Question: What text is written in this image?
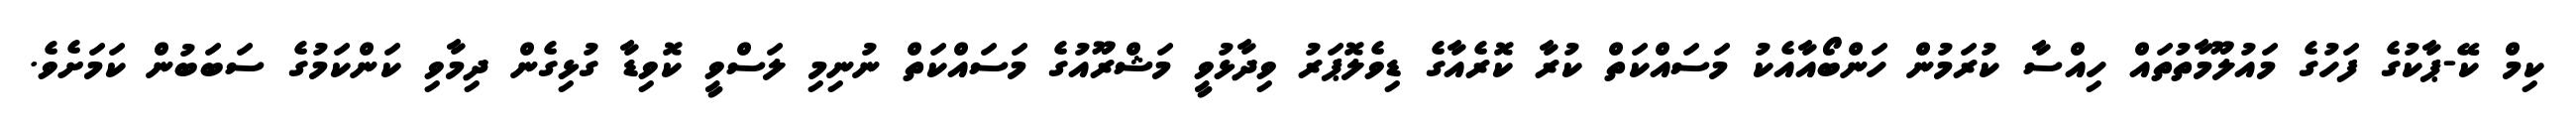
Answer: ކިމް ކޭ-ޕާކުގެ ފަހުގެ މައުލޫމާތުތައް ހިއްސާ ކުރަމުން ހަންބޯއާއެކު މަސައްކަތް ކުރާ ކޮރެއާގެ ޑިވެލޮޕަރު ވިދާޅުވީ މަޝްރޫއުގެ މަސައްކަތް ނުނިމި ލަސްވީ ކޮވިޑާ ގުޅިގެން ދިމާވި ކަންކަމުގެ ސަބަބުން ކަމަށެވެ.